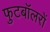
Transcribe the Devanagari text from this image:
फुटबॉलरों